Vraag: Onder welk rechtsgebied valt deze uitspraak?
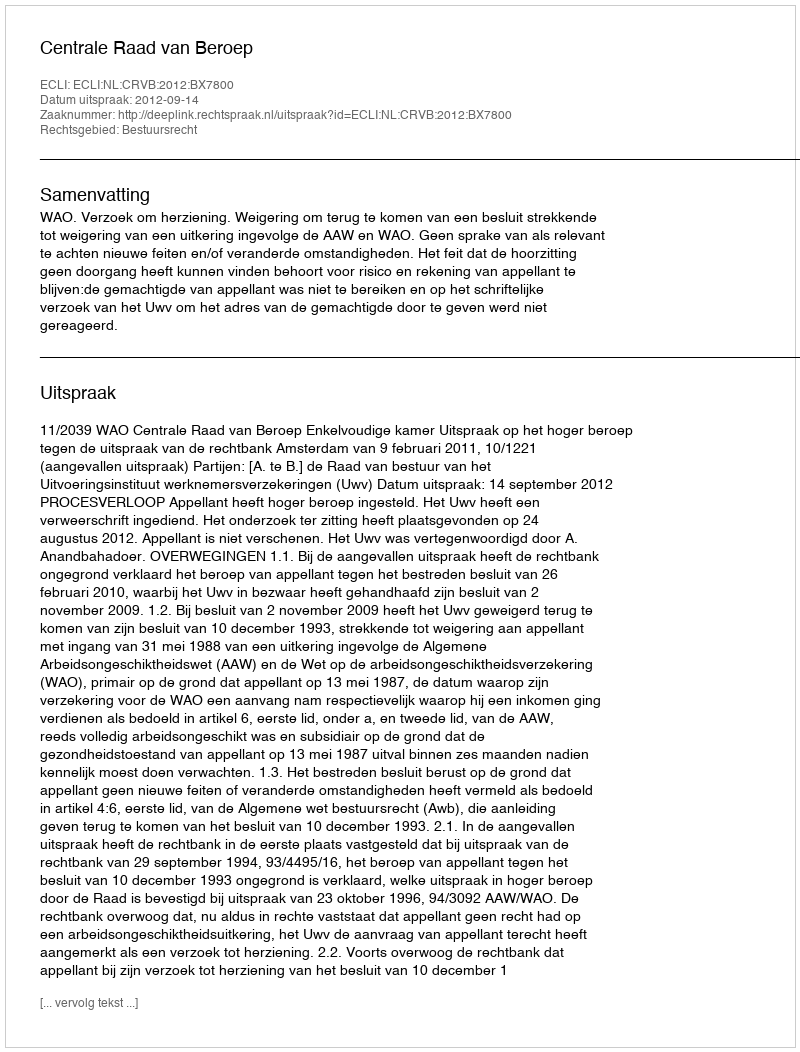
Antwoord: Bestuursrecht